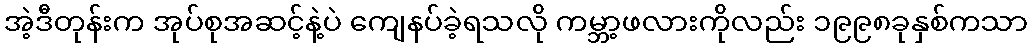
အဲ့ဒီတုန်းက အုပ်စုအဆင့်နဲ့ပဲ ကျေနပ်ခဲ့ရသလို ကမ္ဘာ့ဖလားကိုလည်း ၁၉၉၈ခုနှစ်ကသာ